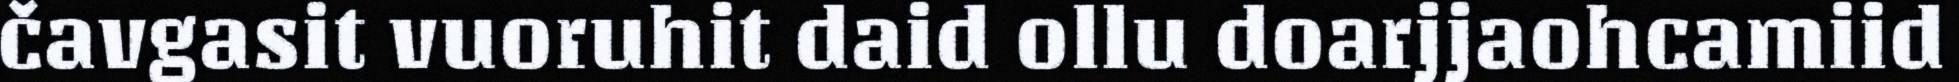
čavgasit vuoruhit daid ollu doarjjaohcamiid